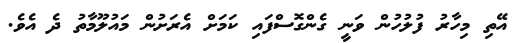
އޭތި މިހާރު ފުލުހުން ވަނީ ގެންގޮސްފައި ކަމަށް އެރަށުން މައުލޫމާތު ދެ އެވެ.